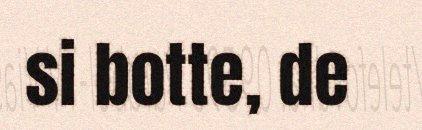
si botte, de